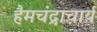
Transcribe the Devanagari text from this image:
हैमचंद्राचार्य